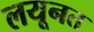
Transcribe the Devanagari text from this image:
लयूनत